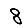
Digit: 8